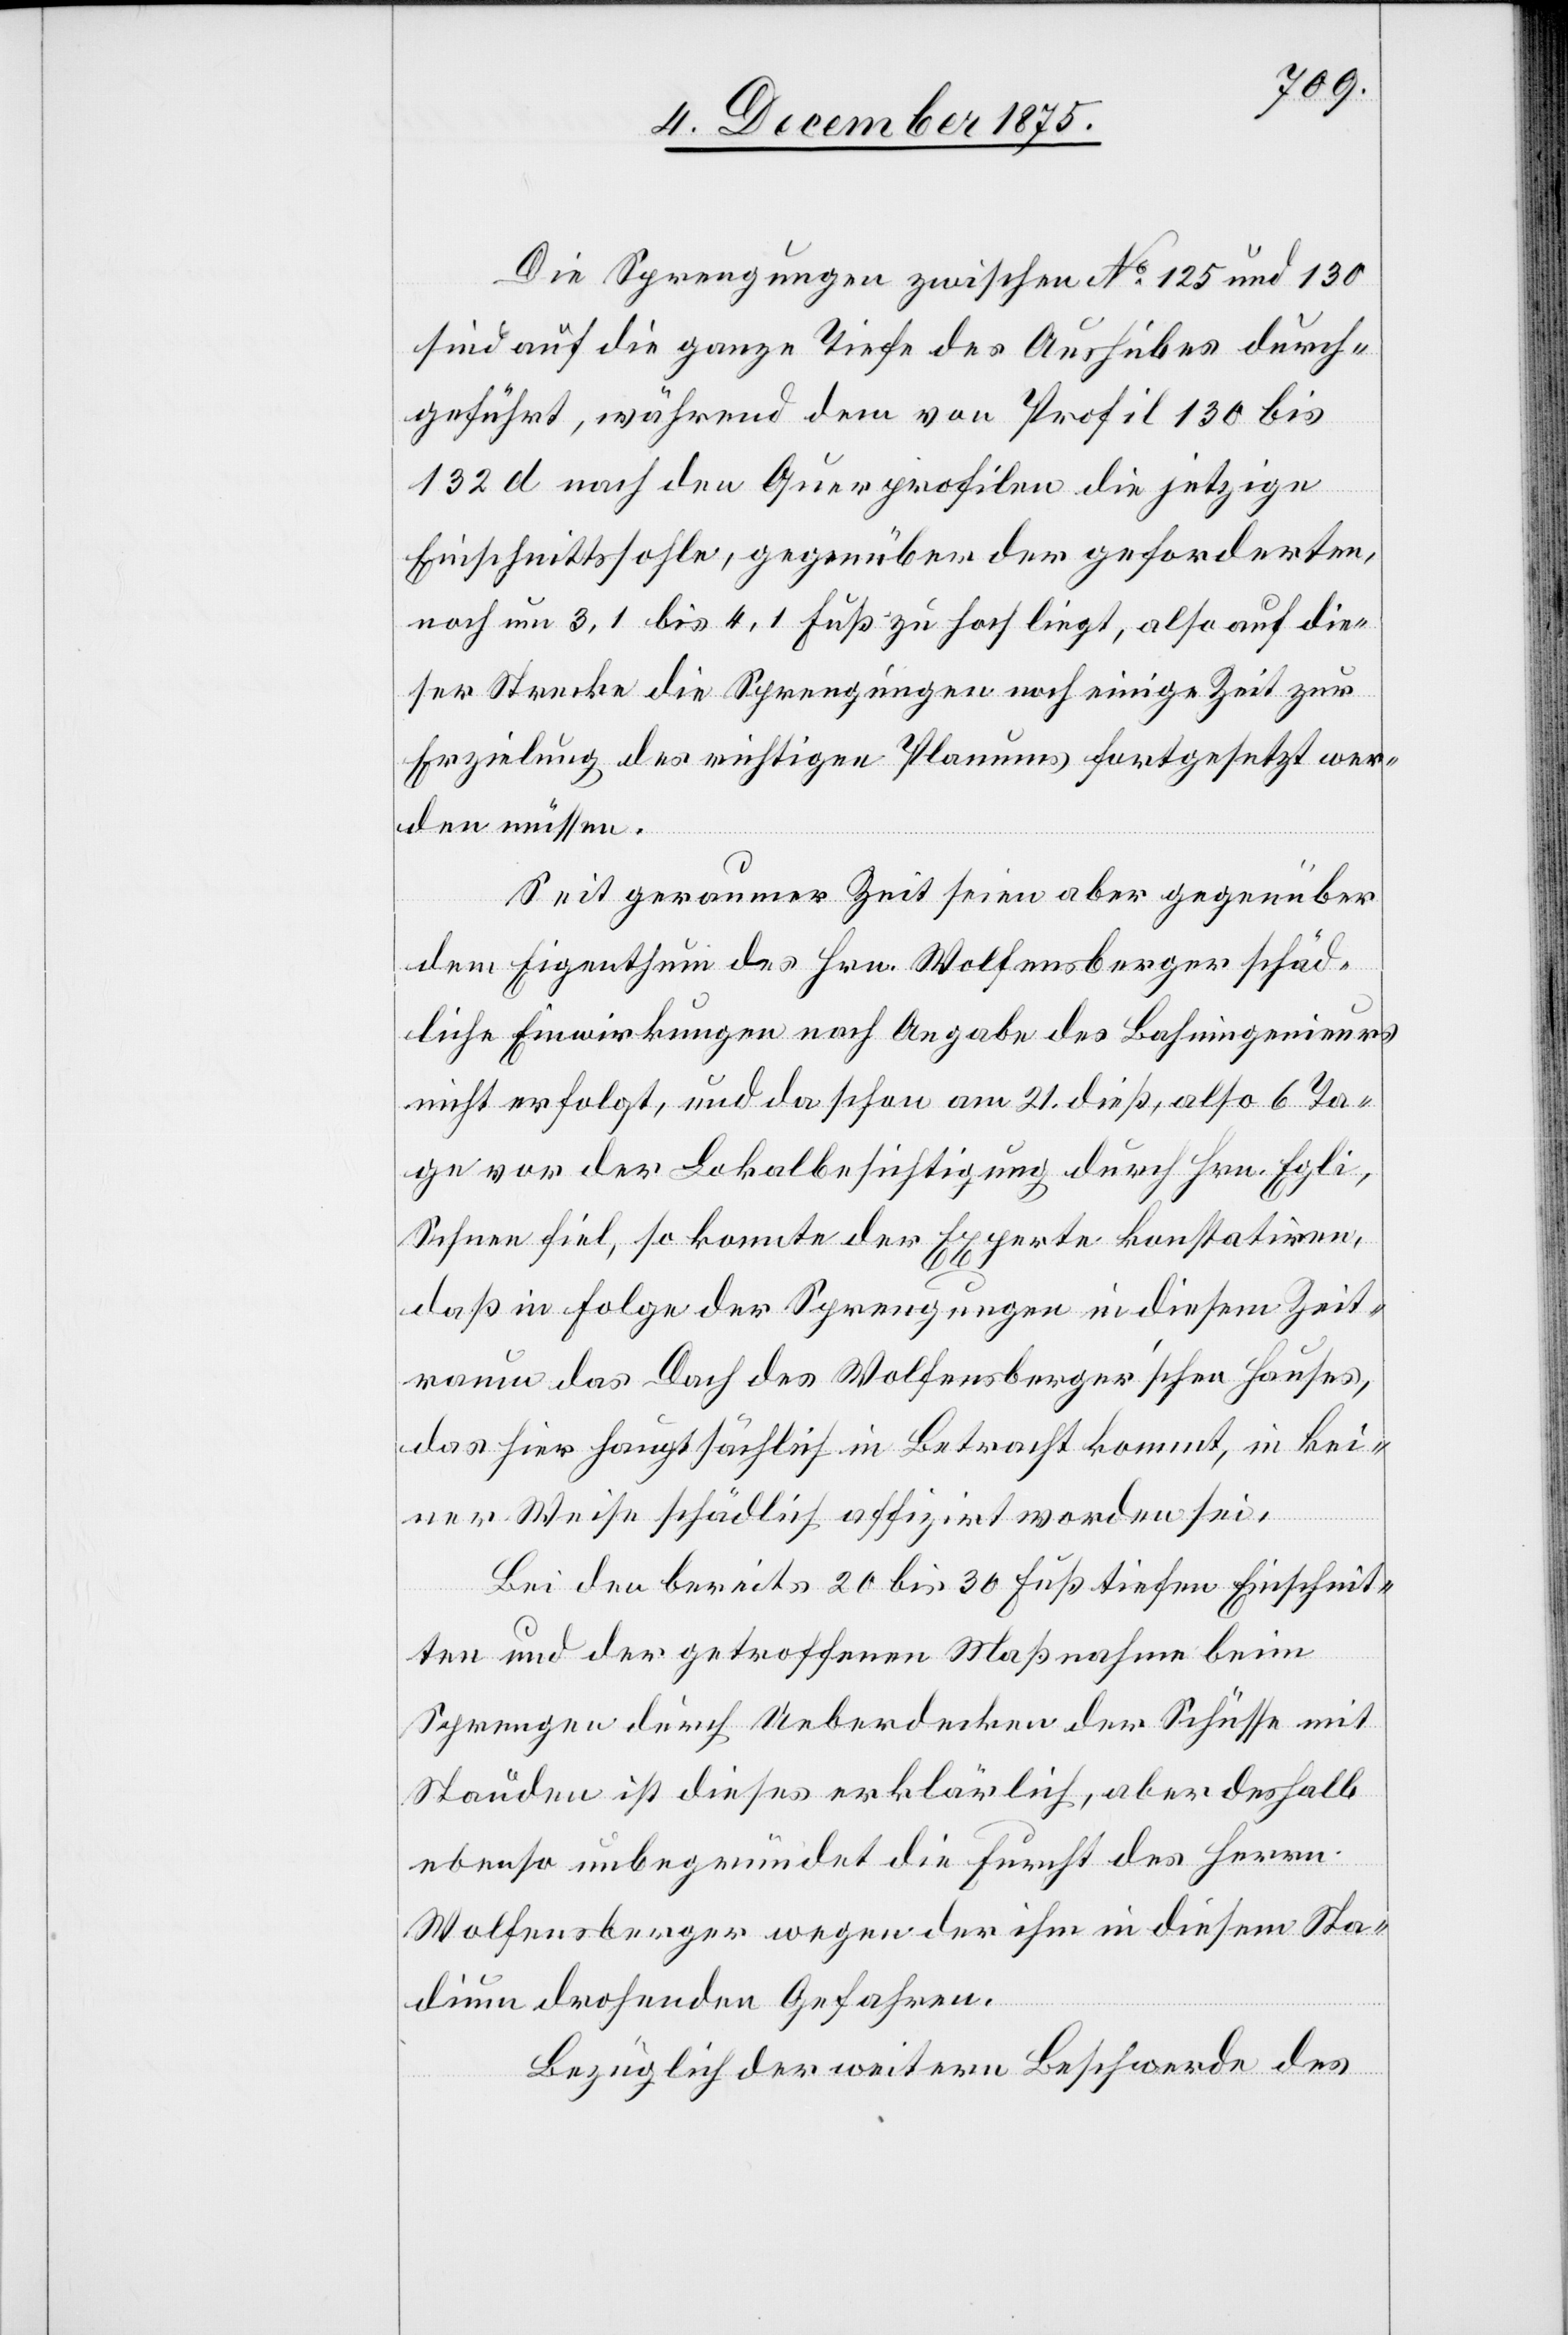
Die Sprengungen zwischen No 125 und 130
sind auf die ganze Tiefe des Aushubes durch¬
geführt, während dem von Profil 130 bis
132 d nach den Querprofilen die jetzige
Einschnittssohle, gegenüber der geforderten,
noch um 3,1 bis 4,1 Fuß zu hoch liegt, also auf die¬
ser Stecke die Sprengungen noch einige Zeit zur
Erzielung des richtigen Planums fortgesetzt wer¬
den müssen.
Seit geraumer Zeit seien aber gegenüber
dem Eigenthum des Hrn. Wolfensberger schäd¬
liche Einwirkungen nach Angabe des Bahningenieurs
nicht erfolgt, und da schon am 21. dieß, also 6 Ta¬
ge vor der Lokalbesichtigung durch Hrn. Egli,
Schnee fiel, so konnte der Experte konstatiren,
daß in Folge der Sprengungen in diesem Zeit¬
raum das Dach des Wolfensberger’schen Hauses,
das hier hauptsächlich in Betracht kommt, in kei¬
ner Weise schädlich affizirt worden sei.
Bei den bereits 20 bis 30 Fuß tiefen Einschnit¬
ten und der getroffenen Maßnahme beim
Sprengen durch Ueberdecken der Schüsse mit
Stauden ist diese erklärlich, aber deshalb
ebenso unbegründet die Furcht des Herrn
Wolfensberger wegen der ihm in diesem Sta¬
dium drohenden Gefahren.
Bezüglich der weitern Beschwerde des